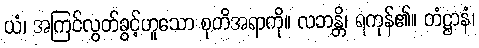
ယံ၊ အကြင်လွတ်ခွင့်ဟူသော စုတိအရာကို။ လဘန္တိ၊ ရကုန်၏။ တံဋ္ဌာနံ၊